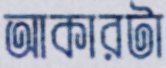
আকারটা